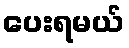
ပေးရမယ်